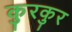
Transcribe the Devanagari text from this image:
कुरकुर